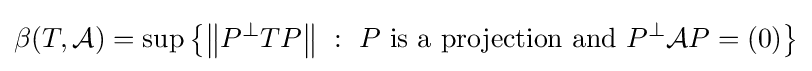
\beta (T,{\mathcal {A}})=\sup \left\{\left\|P^{\perp }TP\right\|\ :\ P{\mbox{ is a projection and }}P^{\perp }{\mathcal {A}}P=(0)\right\}